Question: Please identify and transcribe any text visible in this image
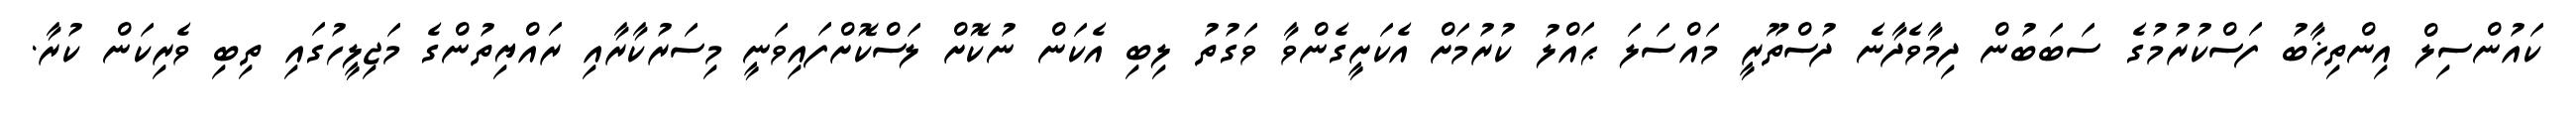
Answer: ކައުންސިލް އިންތިޚާބު ފަސްކުރުމުގެ ސަބަބުން ދިމާވެދާނެ ދުސްތޫރީ މައްސަލަ ޙައްލު ކުރުމަށް އެކަށީގެންވާ ވަގުތު ލިބި އެކަން ނުކޮށް ލަސްކޮށްފައިވަނީ މިސަރުކާރާއި ރައްޔިތުންގެ މަޖިލީހުގައި ތިބި ވެރިކަން ކުރާ.